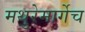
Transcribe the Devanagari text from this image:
मथुरेमार्गेच